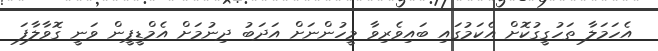
އެހަމަލާ ތަހުގީގުކޮށް އެކަމުގައި ބައިވެރިވާ މީހުންނަށް އަދަބު ދިނުމަށް އެމްޑީޕީން ވަނީ ގޮވާލާފަ